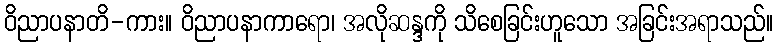
ဝိညာပနာတိ-ကား။ ဝိညာပနာကာရော၊ အလိုဆန္ဒကို သိစေခြင်းဟူသော အခြင်းအရာသည်။